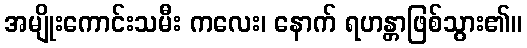
အမျိုးကောင်းသမီး ကလေး၊ နောက် ရဟန္တာဖြစ်သွား၏။